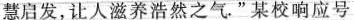
慧启发，让人滋养浩然之气。”某校响应号